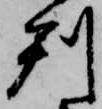
判